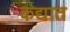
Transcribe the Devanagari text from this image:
कद्यात